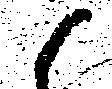
候